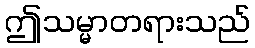
ဤသမ္မာတရားသည်